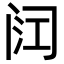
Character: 𮤳